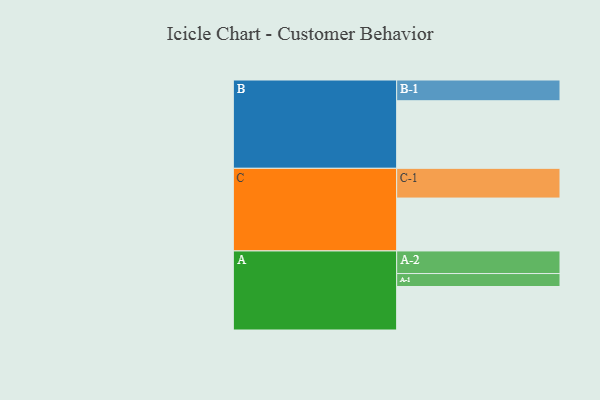
{"axis": {"x": "Segment", "y": "Value"}, "legend": ["", "A", "B", "C"], "data": [{"x": "A", "y": 329, "type": ""}, {"x": "B", "y": 511, "type": ""}, {"x": "C", "y": 400, "type": ""}, {"x": "A-1", "y": 98, "type": "A"}, {"x": "A-2", "y": 171, "type": "A"}, {"x": "B-1", "y": 157, "type": "B"}, {"x": "C-1", "y": 225, "type": "C"}]}